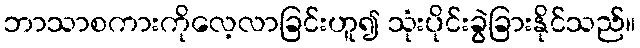
ဘာသာစကားကိုလေ့လာခြင်းဟူ၍ သုံးပိုင်းခွဲခြားနိုင်သည်။